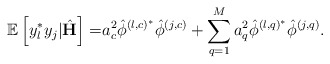
\begin{align*} \mathbb{E}\left[y_l^* y_j|\hat{\mathbf{H}}\right]=&a_c^2\hat{\phi}^{\left(l,c\right)^*}\hat{\phi}^{\left(j,c\right)}+\sum_{q=1}^M a_q^2\hat{\phi}^{\left(l,q\right)^*}\hat{\phi}^{\left(j,q\right)}.\end{align*}